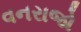
વનરાજો